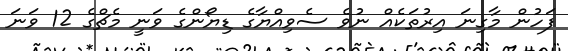
ފަހުން މާގިނަ އިރުތަކެއް ނުވެ ސެވިއްޔާގެ ޑިޔޯންގެ ވަނީ މެޗްގެ 12 ވަނަ